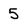
Character: 5